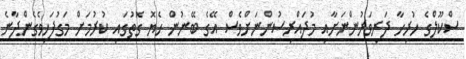
ސްކޫލްގެ ހުރިހާ ދަރިވަރުންނަށާއި މުދައްރިސުންނަށްވެސް އޭގެ ބޭނުން ހެޔޮ ގޮތުގައި ކުރުމަށް މަގުފަހިވެގެންދާނެ